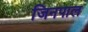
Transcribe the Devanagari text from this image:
जिनपाल